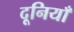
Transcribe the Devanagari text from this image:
दूनियाँ